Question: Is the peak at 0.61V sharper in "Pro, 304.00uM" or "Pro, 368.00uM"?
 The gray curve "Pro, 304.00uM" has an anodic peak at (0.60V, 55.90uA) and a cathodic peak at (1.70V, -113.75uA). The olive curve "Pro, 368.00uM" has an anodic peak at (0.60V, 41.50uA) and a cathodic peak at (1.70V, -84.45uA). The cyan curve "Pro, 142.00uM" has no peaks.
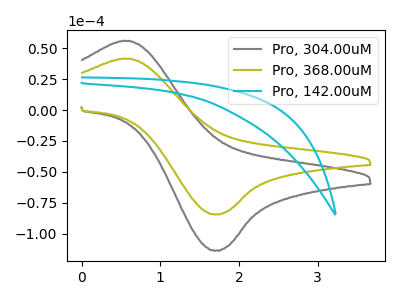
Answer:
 <answer>The peak at 0.61V is higher in "Pro, 304.00uM" than in "Pro, 368.00uM".</answer>
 <eval>higher</eval>